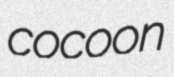
cocoon